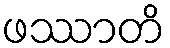
ဖဿာတိ